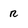
Character: R